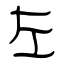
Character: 左